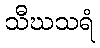
သီဃသရံ